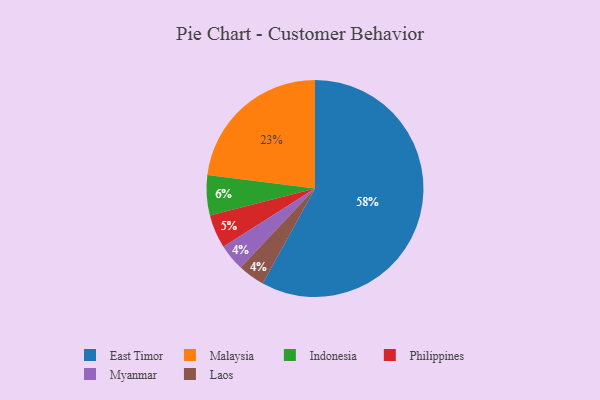
{"axis": {"x": "Category", "y": "Percentage"}, "legend": ["East Timor", "Indonesia", "Laos", "Malaysia", "Myanmar", "Philippines"], "data": [{"x": "Indonesia", "y": 6, "type": "Indonesia"}, {"x": "East Timor", "y": 58, "type": "East Timor"}, {"x": "Myanmar", "y": 4, "type": "Myanmar"}, {"x": "Malaysia", "y": 23, "type": "Malaysia"}, {"x": "Philippines", "y": 5, "type": "Philippines"}, {"x": "Laos", "y": 4, "type": "Laos"}]}